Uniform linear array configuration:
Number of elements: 4
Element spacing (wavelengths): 0.25
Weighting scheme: blackman
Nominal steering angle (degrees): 30
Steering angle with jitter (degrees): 31.827
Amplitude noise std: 0.05
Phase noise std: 0.05

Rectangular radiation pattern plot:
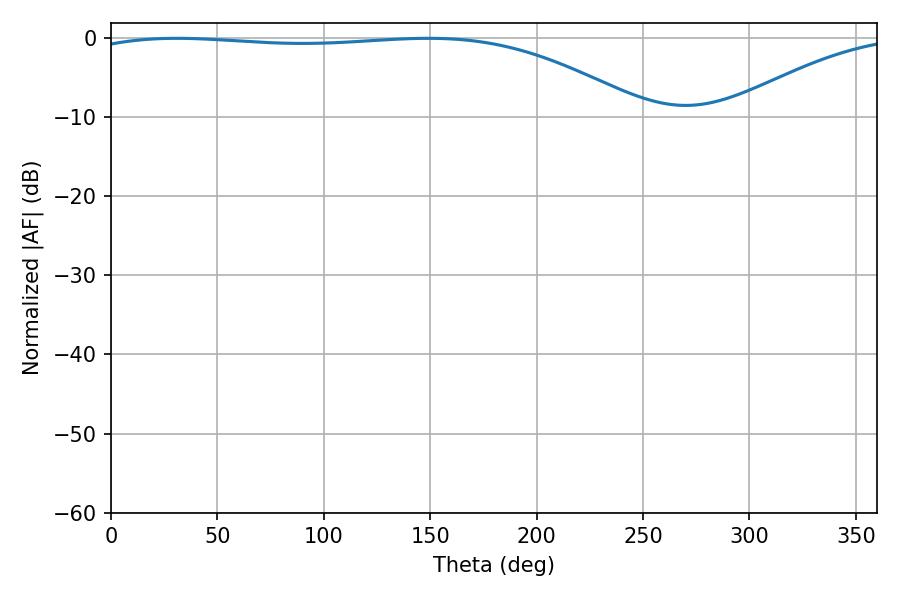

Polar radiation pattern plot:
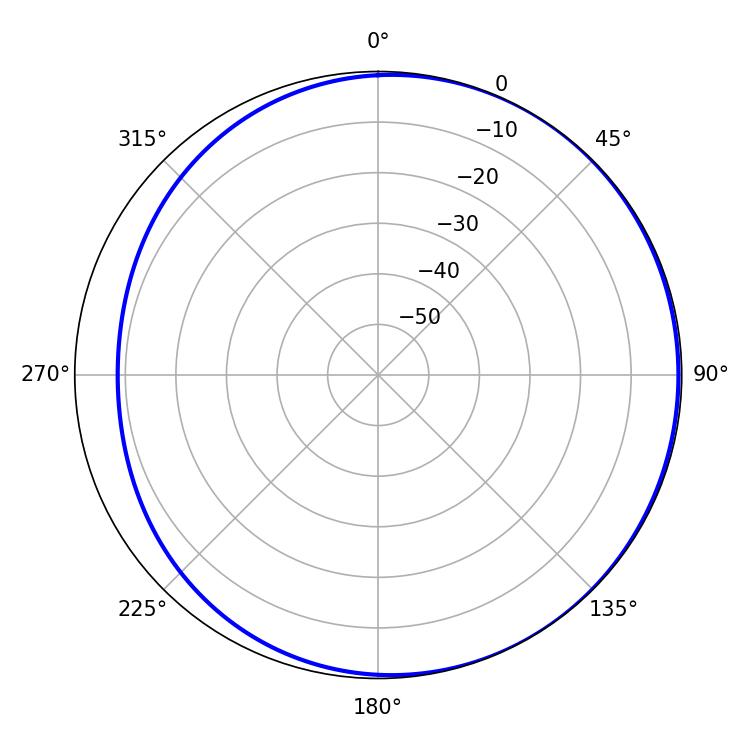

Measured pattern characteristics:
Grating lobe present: FALSE
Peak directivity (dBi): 1.931
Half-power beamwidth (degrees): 209.16
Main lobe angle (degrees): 30.96